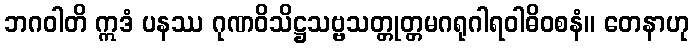
ဘဂဝါတိ ဣဒံ ပနဿ ဂုဏဝိသိဋ္ဌသဗ္ဗသတ္တုတ္တမဂရုဂါရဝါဓိဝစနံ။ တေနာဟု